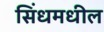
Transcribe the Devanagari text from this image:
सिंधमधील